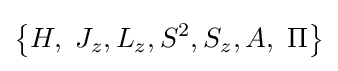
\left\{H,{\text{ }}{{J}_{z}},{{L}_{z}},{{S}^{2}},{{S}_{z}},A,{\text{ }}\Pi \right\}